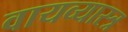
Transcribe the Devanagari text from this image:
वायव्‍यास्‍त्र